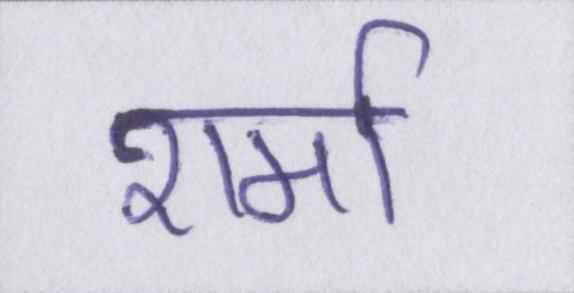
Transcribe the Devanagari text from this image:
शर्मा